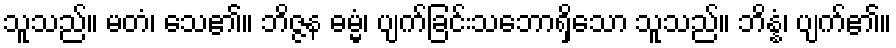
သူသည်။ မတံ၊ သေ၏။ ဘိဇ္ဇန ဓမ္မံ၊ ပျက်ခြင်းသဘောရှိသော သူသည်။ ဘိန္နံ၊ ပျက်၏။